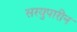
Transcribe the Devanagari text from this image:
सरयुपारीन